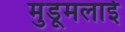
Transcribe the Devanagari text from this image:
मुडूमलाई